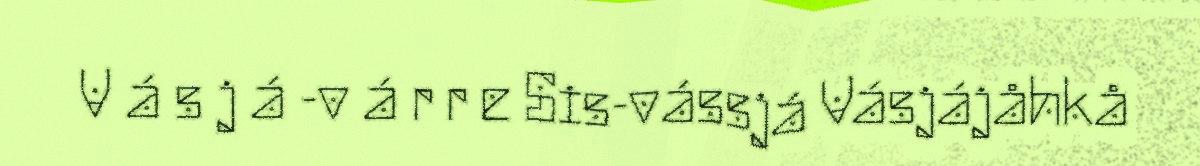
V á s j á -v á r r e Sis-vássjá Vásjájåhkå